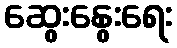
ဆွေးနွေးရေး